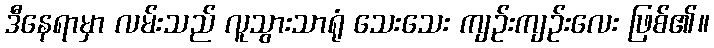
ဒီနေရာမှာ လမ်းသည် လူသွားသာရုံ သေးသေး ကျဉ်းကျဉ်းလေး ဖြစ်၏။